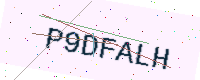
Text: P9DFALH